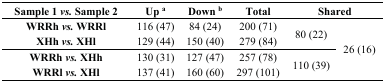
<table><thead><tr><td><b>Sample 1 <i>vs.</i> Sample 2</b></td><td><b>Up <sup>a</sup></b></td><td><b>Down <sup>b</sup></b></td><td><b>Total</b></td><td colspan="2"><b>Shared</b></td></tr></thead><tbody><tr><td><b>WRRh <i>vs.</i> WRRl</b></td><td>116 (47)</td><td>84 (24)</td><td>200 (71)</td><td rowspan="2">80 (22)</td><td rowspan="4">26 (16)</td></tr><tr><td><b>XHh <i>vs.</i> XHl</b></td><td>129 (44)</td><td>150 (40)</td><td>279 (84)</td></tr><tr><td><b>WRRh <i>vs.</i> XHh</b></td><td>130 (31)</td><td>127 (47)</td><td>257 (78)</td><td rowspan="2">110 (39)</td></tr><tr><td><b>WRR <i>vs.</i> XHl</b></td><td>137 (41)</td><td>160 (60)</td><td>297 (101)</td></tr></tbody></table>